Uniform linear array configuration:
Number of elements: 16
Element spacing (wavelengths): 0.75
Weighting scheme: cosine
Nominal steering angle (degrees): -60
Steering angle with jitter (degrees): -61.813
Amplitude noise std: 0.05
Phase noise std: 0.05

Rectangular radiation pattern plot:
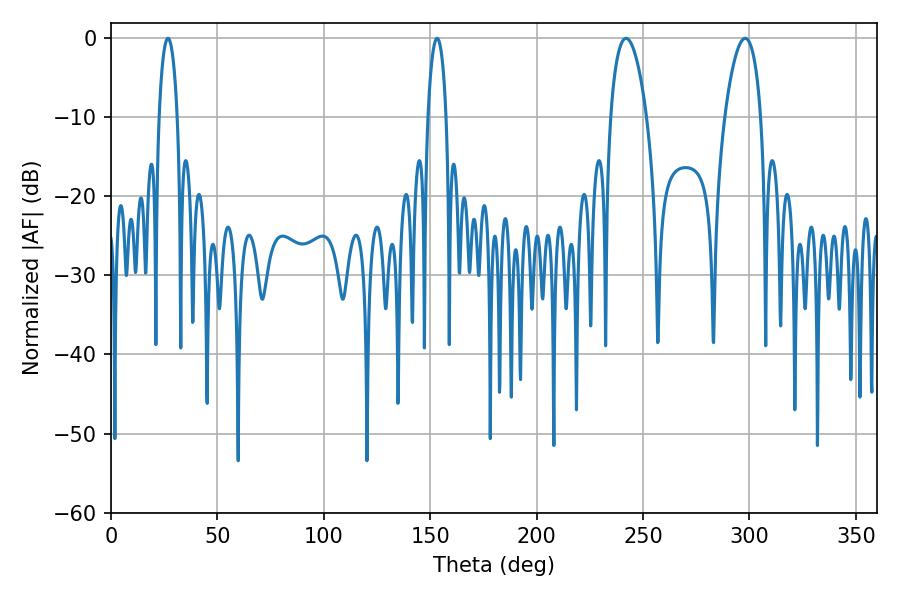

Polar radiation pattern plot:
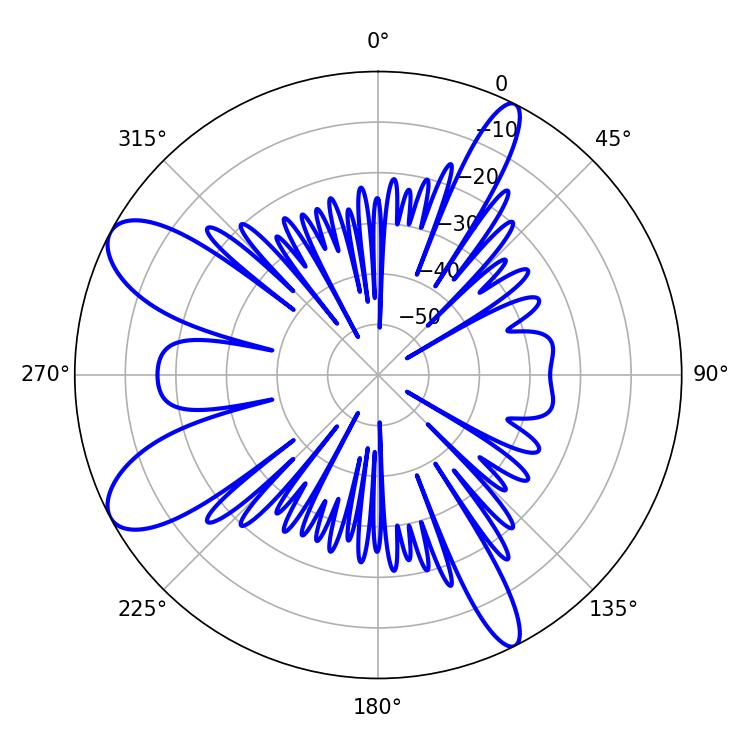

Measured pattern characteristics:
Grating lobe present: TRUE
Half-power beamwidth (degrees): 9.54
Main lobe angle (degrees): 241.92